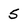
Character: 5